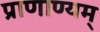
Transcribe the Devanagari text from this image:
प्राणाण्यम्